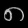
Digit: ၈